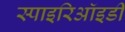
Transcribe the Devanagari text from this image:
स्पाइरिऑइडी